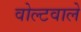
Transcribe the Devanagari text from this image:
वोल्टवाले